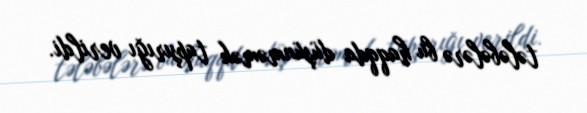
tələbələrə bu haqqda düşünməmək tapşırığı verildi.